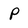
Character: P